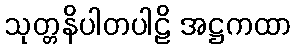
သုတ္တနိပါတပါဠိ အဋ္ဌကထာ